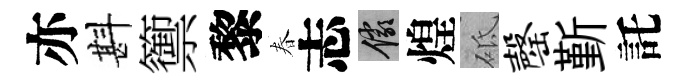
亦斟籞黎春志儼煌砥罄斳託